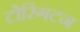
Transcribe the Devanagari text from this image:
टोरिंगटन